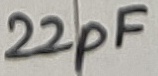
Text: 22pF